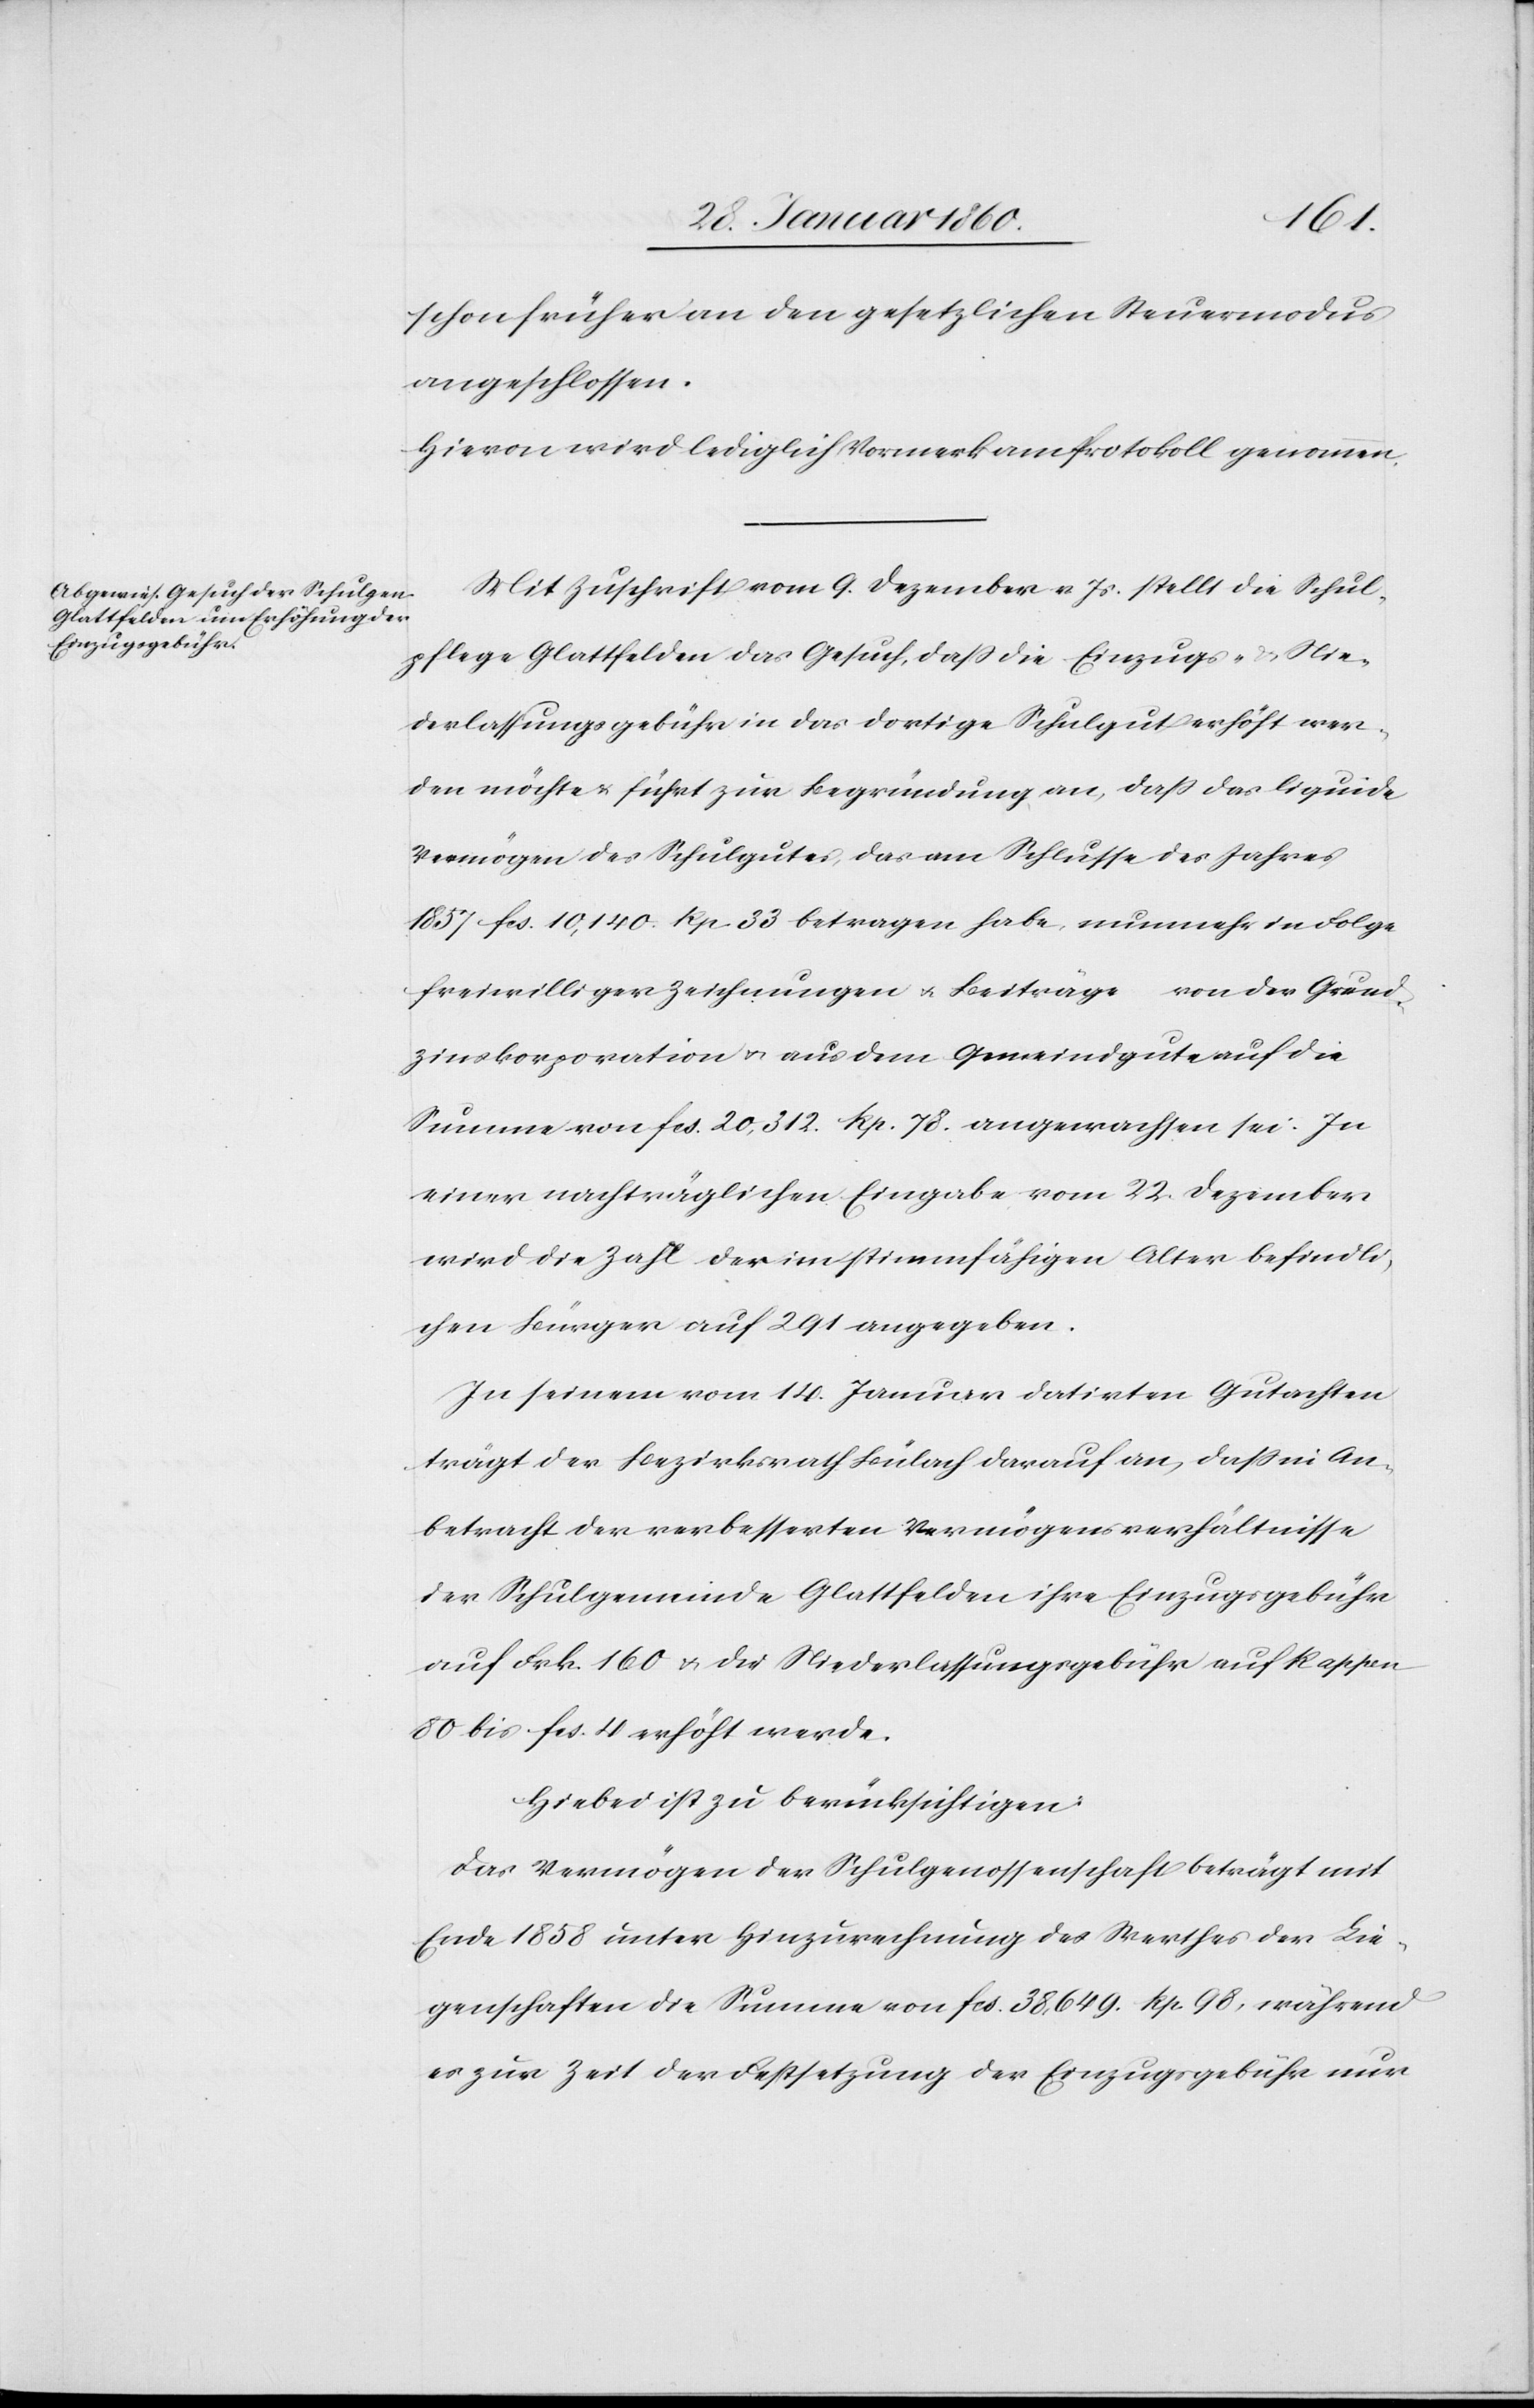
schon früher an den gesetzlichen Steuermodus
angeschlossen.
Hievon wird lediglich Vormerk am Protokoll genommen.
Mit Zuschrift vom 9. Dezember v. Js. stellt die Schul¬
pflege Glattfelden das Gesuch, dass die Einzugs- u. Nie¬
derlassungsgebühr in das dortige Schulgut erhöht wer¬
den möchte u. führt zur Begründung an, dass das liquide
Vermögen des Schulgutes, das am Schlusse des Jahres
1857 fcs. 10,140 Rp. 33 betragen habe, nunmehr in Folge
freiwilliger Zeichnungen u. Beiträge von der Grund¬
zinskorporation u. aus dem Gemeindgute auf die
Summe von fcs. 20,312 Rp. 78 angewachsen sei. In
einer nachträglichen Eingabe vom 22. Dezember
wird die Zahl der im stimmfähigen Alter befindli¬
chen Bürger auf 291 angegeben.
In seinem vom 14. Januar datirten Gutachten
trägt der Bezirksrath Bülach darauf an, dass in An¬
betracht der verbesserten Vermögensverhältnisse
der Schulgemeinde Glattfelden ihre Einzugsgebühr
auf Frk. 160 u. die Niederlassungsgebühr auf Rappen
80 bis fcs. 4 erhöht werde.
Hiebei ist zu berücksichtigen:
Das Vermögen der Schulgenossenschaft beträgt mit
Ende 1858 unter Hinzurechnung des Werthes der Lie¬
genschaften die Summe von fcs. 38,649. Rp. 98, während
es zur Zeit der Festsetzung der Einzugsgebühr nur